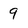
Character: 9